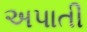
અપાતી